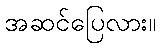
အဆင်ပြေလား။